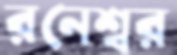
রনেশ্বর